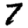
Digit: 7